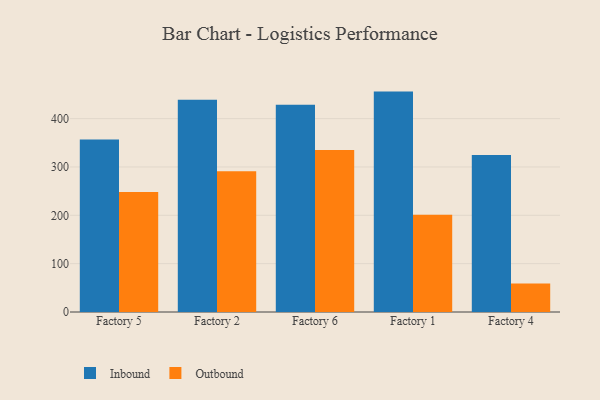
{"axis": {"x": "Factory", "y": "Bounce Rate (%)"}, "legend": ["Inbound", "Outbound"], "data": [{"x": "Factory 5", "y": 356.7, "type": "Inbound"}, {"x": "Factory 5", "y": 248.0, "type": "Outbound"}, {"x": "Factory 2", "y": 438.8, "type": "Inbound"}, {"x": "Factory 2", "y": 291.3, "type": "Outbound"}, {"x": "Factory 6", "y": 428.7, "type": "Inbound"}, {"x": "Factory 6", "y": 335.0, "type": "Outbound"}, {"x": "Factory 1", "y": 455.9, "type": "Inbound"}, {"x": "Factory 1", "y": 201.1, "type": "Outbound"}, {"x": "Factory 4", "y": 324.9, "type": "Inbound"}, {"x": "Factory 4", "y": 59.0, "type": "Outbound"}]}